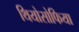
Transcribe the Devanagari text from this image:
थियोसोफिया